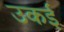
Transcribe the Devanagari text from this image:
उकई